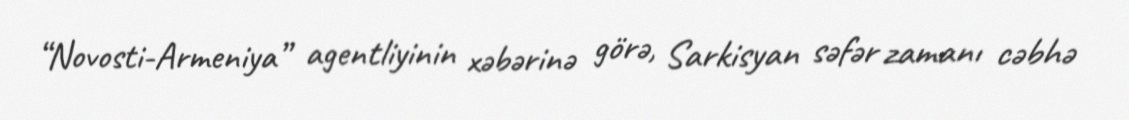
“Novosti-Armeniya” agentliyinin xəbərinə görə, Sarkisyan səfər zamanı cəbhə